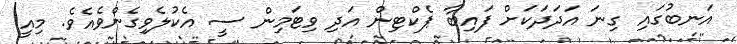
އަނބުގައި ގިނަ އަދަދަކަށް ފައިބާ ޕެކްޓިން އަދި ވިޓަމިން ސީ އެކުލެވިގެންވެއެވެ. މިއީ